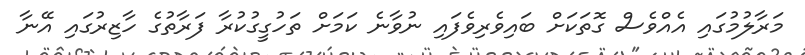
މަރާލުމުގައި އެއްވެސް ގޮތަކަށް ބައިވެރިވެފައި ނުވާނެ ކަމަށް ތަހުގީގުކުރާ ފަރާތުގެ ހާޒިރުގައި އޭނާ